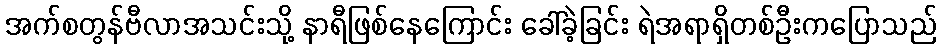
အက်စတွန်ဗီလာအသင်းသို့ နာရီဖြစ်နေကြောင်း ခေါ်ခဲ့ခြင်း ရဲအရာရှိတစ်ဦးကပြောသည်